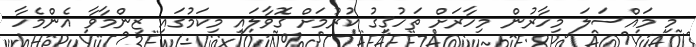
މި މައްސަލަ މިހާރުން މިހާރަށް ތަހުޤީގު ކުރުމަށް ގޮވާލައި މިކަމުގައި ޒިންމާވާ އެންމެހާ